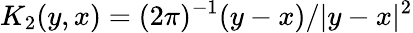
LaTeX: K_{2}(y,x)=(2\pi)^{-1}(y-x)/|y-x|^{2}